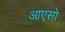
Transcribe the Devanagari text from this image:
आएसो